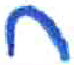
אות: ח